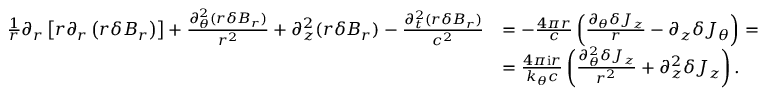
\begin{array} { r } { \begin{array} { r l } { \frac { 1 } { r } \partial _ { r } \left[ r \partial _ { r } \left( r \delta B _ { r } \right) \right] + \frac { \partial _ { \theta } ^ { 2 } ( r \delta B _ { r } ) } { r ^ { 2 } } + \partial _ { z } ^ { 2 } ( r \delta B _ { r } ) - \frac { \partial _ { t } ^ { 2 } ( r \delta B _ { r } ) } { c ^ { 2 } } } & { = - \frac { 4 \pi r } { c } \left( \frac { \partial _ { \theta } \delta J _ { z } } { r } - \partial _ { z } \delta J _ { \theta } \right) = } \\ & { = \frac { 4 \pi \mathrm { i } r } { k _ { \theta } c } \left( \frac { \partial _ { \theta } ^ { 2 } \delta J _ { z } } { r ^ { 2 } } + \partial _ { z } ^ { 2 } \delta J _ { z } \right) . } \end{array} } \end{array}